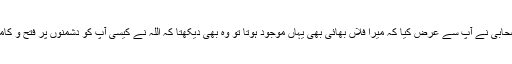
جب خدا وند ِ عالم نے آپ کو جمل والوں پر غلبہ عطا کیا تو اس موقعہ پر آپ کے ایک صحابی نے آپ سے عرض کیا کہ میرا فلاں بھائی بھی یہاں موجود ہوتا تو وہ بھی دیکھتا کہ اللہ نے کیسی آپ کو دشمنوں پر فتح و کامرانی عطا فرمائی ہے تو حضرت نے فرمایا کہ کیا تمہارا بھائی ہمیں دوست رکھتا ہے ؟